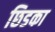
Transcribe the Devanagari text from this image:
छिडका